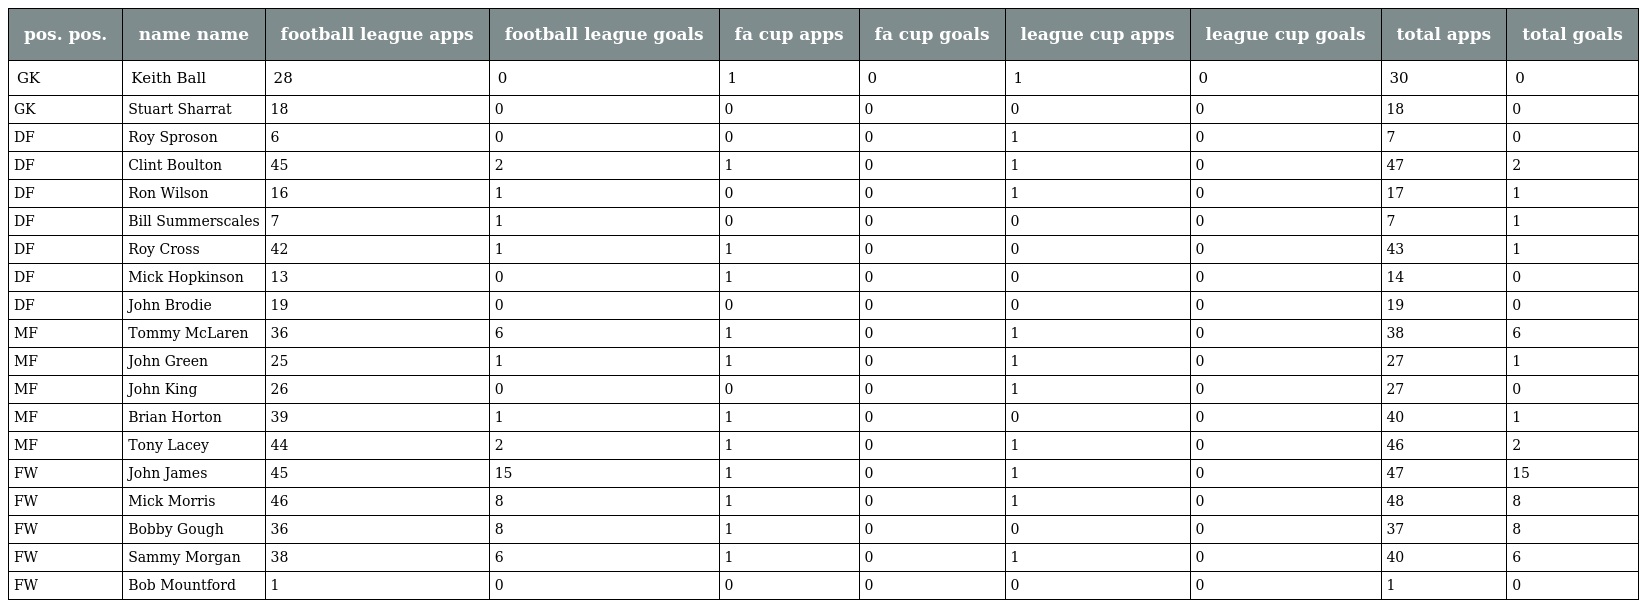
| pos. pos. | name name | football league apps | football league goals | fa cup apps | fa cup goals | league cup apps | league cup goals | total apps | total goals |
 | --- | --- | --- | --- | --- | --- | --- | --- | --- | --- |
 | GK | Keith Ball | 28 | 0 | 1 | 0 | 1 | 0 | 30 | 0 |
 | GK | Stuart Sharrat | 18 | 0 | 0 | 0 | 0 | 0 | 18 | 0 |
 | DF | Roy Sproson | 6 | 0 | 0 | 0 | 1 | 0 | 7 | 0 |
 | DF | Clint Boulton | 45 | 2 | 1 | 0 | 1 | 0 | 47 | 2 |
 | DF | Ron Wilson | 16 | 1 | 0 | 0 | 1 | 0 | 17 | 1 |
 | DF | Bill Summerscales | 7 | 1 | 0 | 0 | 0 | 0 | 7 | 1 |
 | DF | Roy Cross | 42 | 1 | 1 | 0 | 0 | 0 | 43 | 1 |
 | DF | Mick Hopkinson | 13 | 0 | 1 | 0 | 0 | 0 | 14 | 0 |
 | DF | John Brodie | 19 | 0 | 0 | 0 | 0 | 0 | 19 | 0 |
 | MF | Tommy McLaren | 36 | 6 | 1 | 0 | 1 | 0 | 38 | 6 |
 | MF | John Green | 25 | 1 | 1 | 0 | 1 | 0 | 27 | 1 |
 | MF | John King | 26 | 0 | 0 | 0 | 1 | 0 | 27 | 0 |
 | MF | Brian Horton | 39 | 1 | 1 | 0 | 0 | 0 | 40 | 1 |
 | MF | Tony Lacey | 44 | 2 | 1 | 0 | 1 | 0 | 46 | 2 |
 | FW | John James | 45 | 15 | 1 | 0 | 1 | 0 | 47 | 15 |
 | FW | Mick Morris | 46 | 8 | 1 | 0 | 1 | 0 | 48 | 8 |
 | FW | Bobby Gough | 36 | 8 | 1 | 0 | 0 | 0 | 37 | 8 |
 | FW | Sammy Morgan | 38 | 6 | 1 | 0 | 1 | 0 | 40 | 6 |
 | FW | Bob Mountford | 1 | 0 | 0 | 0 | 0 | 0 | 1 | 0 |